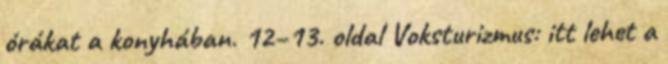
órákat a konyhában. 12–13. oldal Voksturizmus: itt lehet a